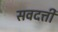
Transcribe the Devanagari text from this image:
सवदत्ती